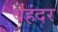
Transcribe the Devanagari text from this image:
बेंहंदर